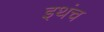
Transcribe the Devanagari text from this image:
इथंच